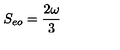
S _ { e o } = { \frac { 2 \omega } { 3 } }